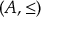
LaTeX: ( A , { \leq } )